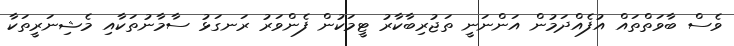
ވެސް ބާވަތްތައް އުފެއްދަމުން އަންނަނީ ތަޖުރިބާކާރު ޓީމަކުން ފެންވަރު ރަނގަޅު ސާމާނުތަކާއި މެޝިނަރީތަކާ